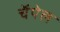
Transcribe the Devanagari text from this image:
चॅपेल